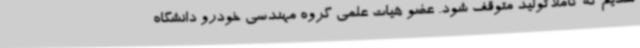
شدیم که کاملا تولید متوقف شود. عضو هیات علمی گروه مهندسی خودرو دانشگاه